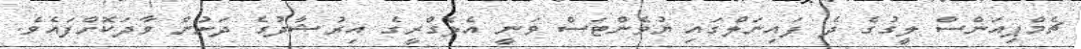
ޗެމްޕިއަންސް ލީގުގެ ދެ ފައިނަލްގައި ޔުވެންޓަސް ވަނީ އެލެގްރީގެ އިރުޝާދުގެ ދަށުން ވާދަކޮށްފައެވެ.